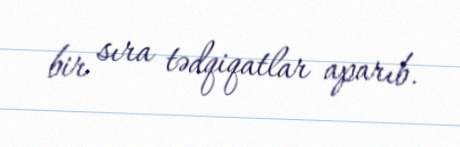
bir sıra tədqiqatlar aparıb.